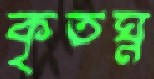
কৃতঘ্ন